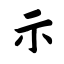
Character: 示